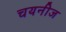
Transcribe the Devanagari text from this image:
चयनीज